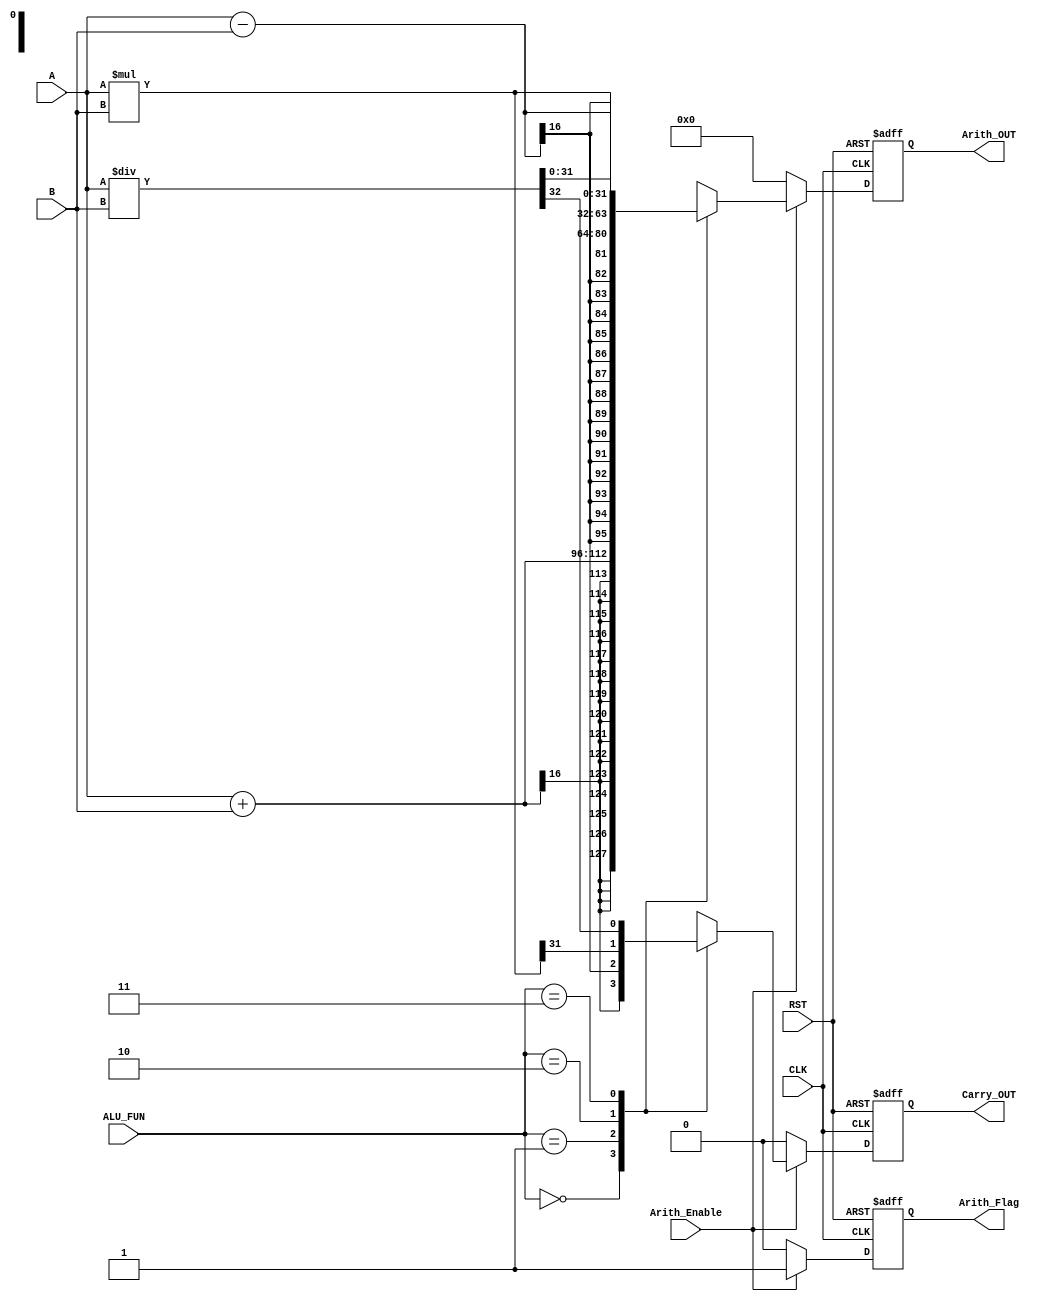
module ARITHMETIC_UNIT #(parameter IN_WIDTH = 16,parameter OUT_WIDTH = 32)
(
    input wire signed [IN_WIDTH-1:0] A,B,
    input wire [1:0]      ALU_FUN,
    input wire CLK, RST,
    input wire Arith_Enable,
    output reg signed [OUT_WIDTH-1:0] Arith_OUT,
    output reg  Carry_OUT,
    output reg Arith_Flag
);
always @(posedge CLK ,negedge RST)
begin
    Arith_OUT <= 'b0;
    Carry_OUT <= 1'b0;
    if (!RST)
    begin
        Arith_OUT <= 'b0;
        Carry_OUT <= 1'b0;
        Arith_Flag <= 1'b0;
    end
    else if (Arith_Enable)
    begin
        Arith_Flag = Arith_Enable;
        case (ALU_FUN)
            2'b00:
            begin
                {Carry_OUT,Arith_OUT} <= A + B;
            end
            2'b01:
            begin
                {Carry_OUT,Arith_OUT} <= A - B;
            end
            2'b10:
            begin
                {Carry_OUT,Arith_OUT} <= A * B;
            end
            2'b11:
            begin
                {Carry_OUT,Arith_OUT} <= A / B;
            end
            default 
            begin
                 Arith_OUT <= 'b0;
                 Carry_OUT <= 1'b0;
            end
        endcase
    end
    else
    begin
        Arith_OUT <= 'b0;
        Carry_OUT <= 1'b0;
        Arith_Flag <= 1'b0;
    end
end
endmodule